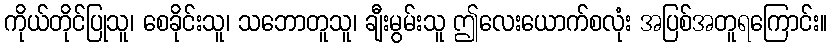
ကိုယ်တိုင်ပြုသူ၊ စေခိုင်းသူ၊ သဘောတူသူ၊ ချီးမွမ်းသူ ဤလေးယောက်စလုံး အပြစ်အတူရကြောင်း။